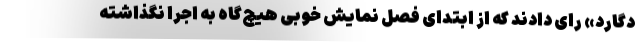
دگارد» رای دادند که از ابتدای فصل نمایش خوبی هیچ‌گاه به اجرا نگذاشته